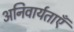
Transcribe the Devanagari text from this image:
अनिवार्यताएँ